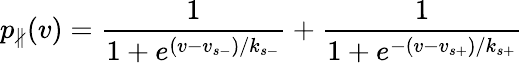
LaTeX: p_{\nparallel}(v)=\frac 1{1+e^{(v-v_{s-})/k_{s-}}}+\frac 1{1+e^{-(v-v_{s+})/k_{s+}}}